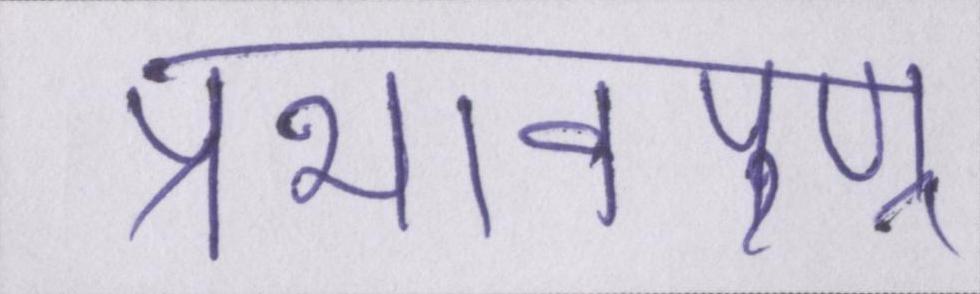
प्रभावपूण्र